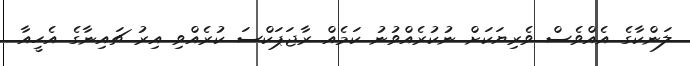
ލަންކާގެ އެއްވެސް ވެރިޔަކަށް ނުކުރެއްވުނު ކަމެއް ރާޖަޕަކްސަ ކުރެއްވި އިރު ޗައިނާގެ އެހީއާ